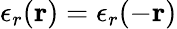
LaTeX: \epsilon_{r}(\mathbf{r})=\epsilon_{r}(-\mathbf{r})